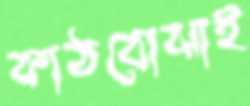
কাঠবোঝাই